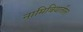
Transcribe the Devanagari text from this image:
नामिबियातील